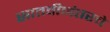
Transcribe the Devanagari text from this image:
सातवीनंतरचे